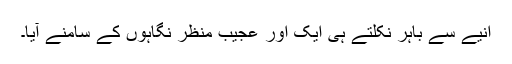
انیے سے باہر نکلتے ہی ایک اور عجیب منظر نگاہوں کے سامنے آیا۔